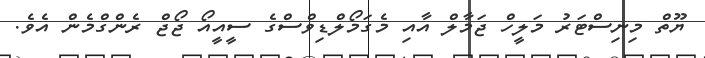
ޔޫތް މިނިސްޓަރު މަލީހް ޖަމާލް އާއި މެގަމޯލްޑިވްސްގެ ސީއީއޯ ޖޯޖް ރެންގްމެން އެވެ.